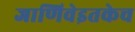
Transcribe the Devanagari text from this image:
जाणिवेइतकेच